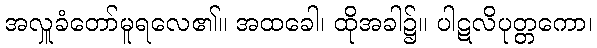
အလှူခံတော်မူရလေ၏။ အထခေါ၊ ထိုအခါ၌။ ပါဋလိပုတ္တကော၊